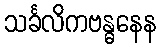
သင်္ခလိကဗန္ဓနေန